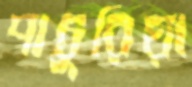
পাচুরিয়া